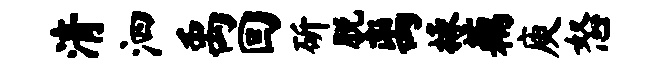
清泗禹回斫脱离掾藕庾怒